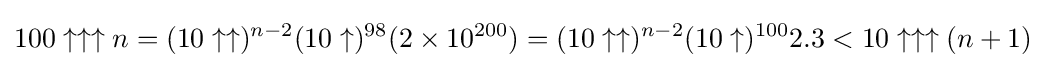
100\uparrow \uparrow \uparrow n=(10\uparrow \uparrow )^{n-2}(10\uparrow )^{98}(2\times 10^{200})=(10\uparrow \uparrow )^{n-2}(10\uparrow )^{100}2.3<10\uparrow \uparrow \uparrow (n+1)